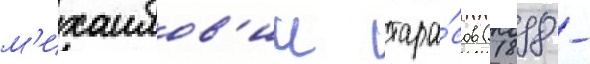
м'ихаилов'ич тара́сов (1898 -